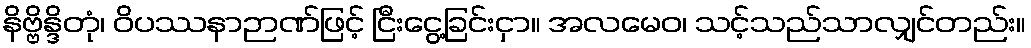
နိဗ္ဗိန္ဒိတုံ၊ ဝိပဿနာဉာဏ်ဖြင့် ငြီးငွေ့ခြင်းငှာ။ အလမေဝ၊ သင့်သည်သာလျှင်တည်း။